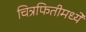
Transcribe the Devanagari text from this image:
चित्रफितीमध्ये